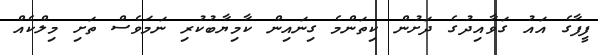
ފީފާގެ އައު ގަވާއިދުގެ ދަށުން ކިތަންމެ ގިނައިން ކާމިޔާބުކުރި ނަމަވެސް ތަށި މިލްކެއް